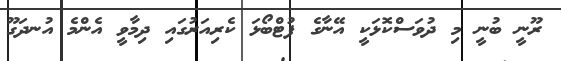
ރޫނީ ބުނީ މި ދުވަސްކޮޅަކީ އޭނާގެ ފުޓްބޯޅަ ކެރިއަރުގައި ދިމާވީ އެންމެ އުނދަގޫ